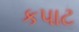
કપાટ